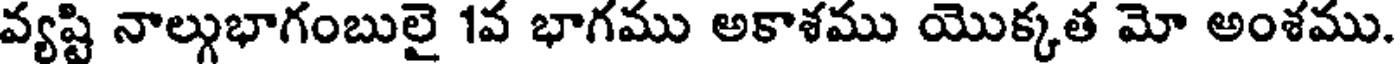
వ్యష్టి నాల్గుభాగంబులై 1వ భాగము అకాశము యొక్కత మో అంశము.